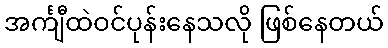
အင်္ကျီထဲဝင်ပုန်းနေသလို ဖြစ်နေတယ်